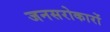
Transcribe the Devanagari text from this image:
जनसरोकारों